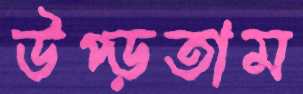
উপ্‌ড়তাম